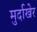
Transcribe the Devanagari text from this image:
मुर्दाखेर